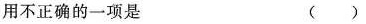
用不正确的一项是 ( )